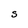
Character: S